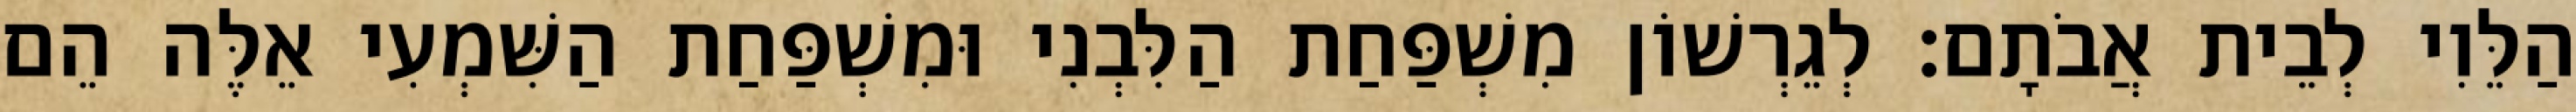
הַלֵּוִי לְבֵית אֲבֹתָם׃ לְגֵרְשׁוֹן מִשְׁפַּחַת הַלִּבְנִי וּמִשְׁפַּחַת הַשִּׁמְעִי אֵלֶּה הֵם